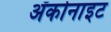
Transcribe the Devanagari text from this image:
ॲकोनाइट